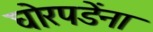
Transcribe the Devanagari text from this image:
घोरपडेंना